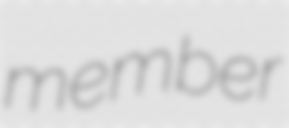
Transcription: member